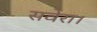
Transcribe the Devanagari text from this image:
सवेरा।